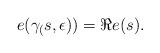
LaTeX: \begin{align*}e(\gamma_(s,\epsilon))=\Re e(s).\end{align*}